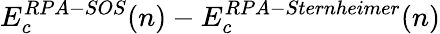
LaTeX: E_{c}^{RPA-SOS}(n)-E_{c}^{RPA-Sternheimer}(n)